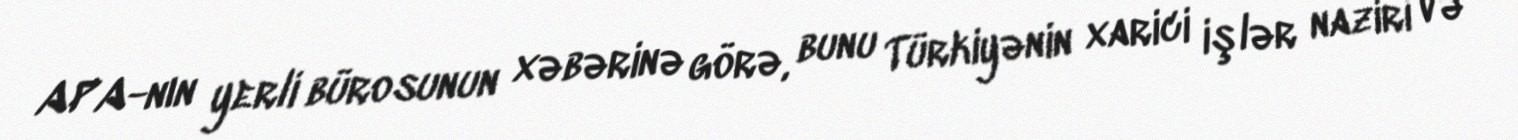
APA-nın yerli bürosunun xəbərinə görə, bunu Türkiyənin xarici işlər naziri və